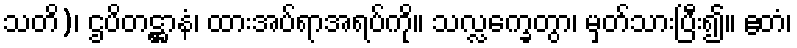
သတိ)၊ ဌပိတဋ္ဌာနံ၊ ထားအပ်ရာအရပ်ကို။ သလ္လက္ခေတွာ၊ မှတ်သားပြီး၍။ ဧတံ၊